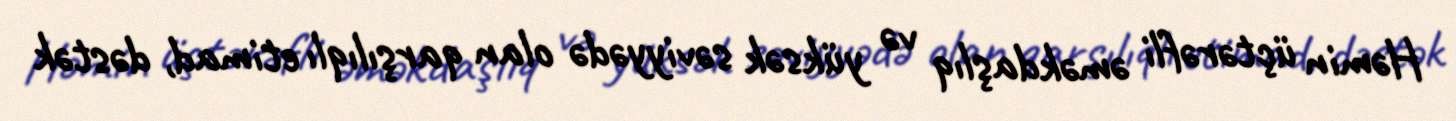
Həmin üçtərəfli əməkdaşlıq və yüksək səviyyədə olan qarşılıqlı etimad, dəstək